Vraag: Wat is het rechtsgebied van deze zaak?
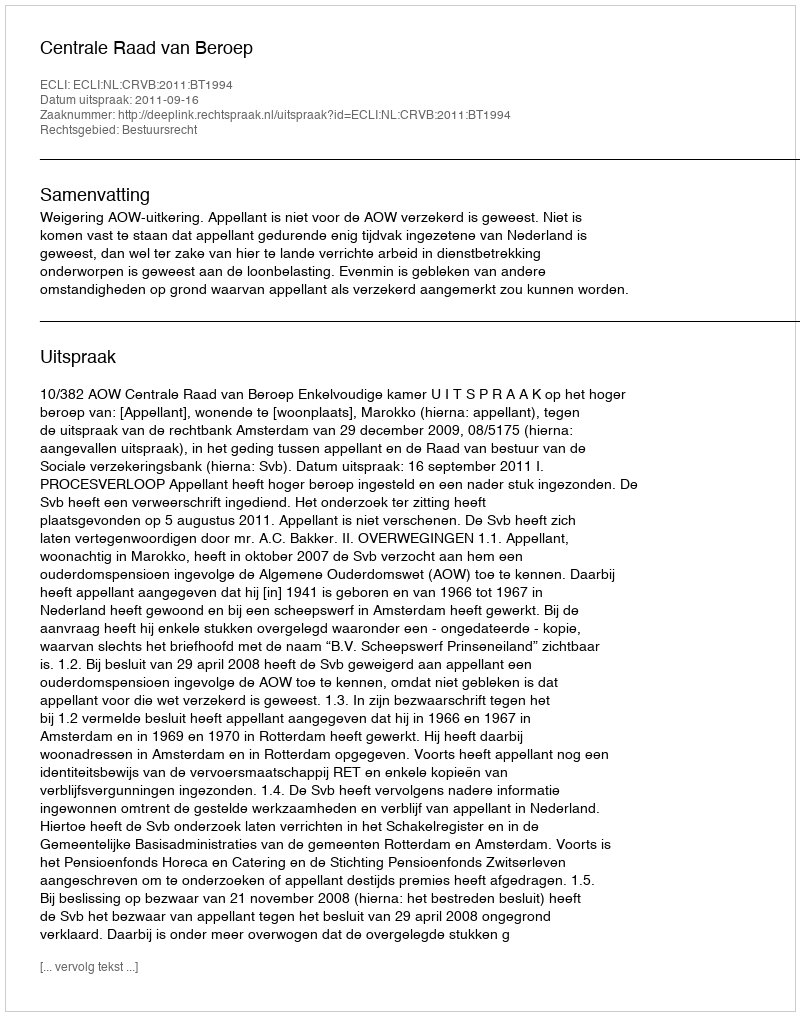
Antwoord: Bestuursrecht